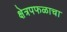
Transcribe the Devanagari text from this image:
क्षेत्रपफळाचा